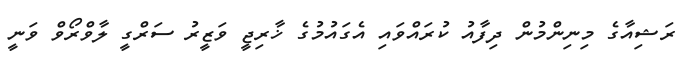
ރަޝިއާގެ މިނިންމުން ދިފާއު ކުރައްވައި އެގައުމުގެ ޚާރިޖީ ވަޒީރު ސަރްގީ ލާވްރޯވް ވަނީ